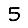
Digit: 5